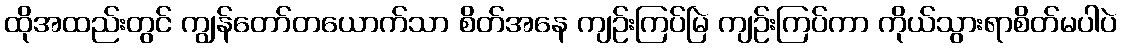
ထိုအထည်းတွင် ကျွန်တော်တယောက်သာ စိတ်အနေ ကျဉ်းကြပ်မြဲ ကျဉ်းကြပ်ကာ ကိုယ်သွားရာစိတ်မပါပဲ